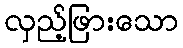
လှည့်ဖြားသော